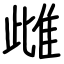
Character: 雌